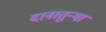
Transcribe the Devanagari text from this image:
दानातुन्गा